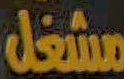
مشغل